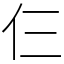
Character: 仨